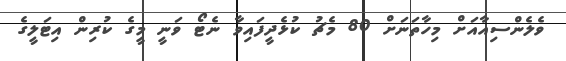
ވެލެންސިއާއަށް މިހާތަނަށް 80 މެޗު ކުޅެދީފައިވާ ނެޓޯ ވަނީ މީގެ ކުރިން އިޓަލީގެ